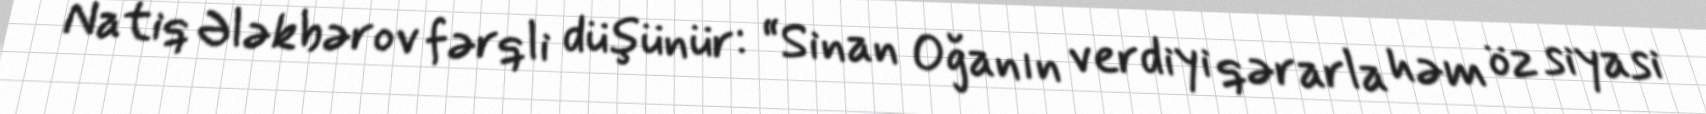
Natiq Ələkbərov fərqli düşünür: “Sinan Oğanın verdiyi qərarla həm öz siyasi